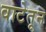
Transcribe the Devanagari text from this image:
वाटेतून